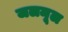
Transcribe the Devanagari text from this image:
जलमूल